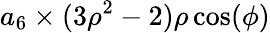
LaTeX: a_{6}\times(3\rho^{2}-2)\rho\cos(\phi)